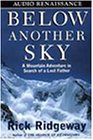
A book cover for Below Another Sky: A Mountain Adventure in Search of a Lost Father; Rick Ridgeway; Travel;